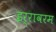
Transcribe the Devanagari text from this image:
इर्रावरम